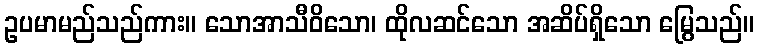
ဥပမာမည်သည်ကား။ သောအာသီဝိသော၊ ထိုလဆင်သော အဆိပ်ရှိသော မြွေသည်။